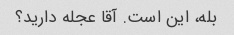
بله، این است. آقا عجله دارید؟